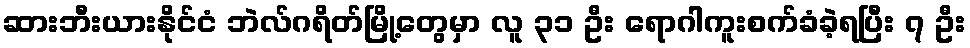
ဆားဘီးယားနိုင်ငံ ဘဲလ်ဂရိတ်မြို့တွေမှာ လူ ၃၁ ဦး ရောဂါကူးစက်ခံခဲ့ရပြီး ၇ ဦး